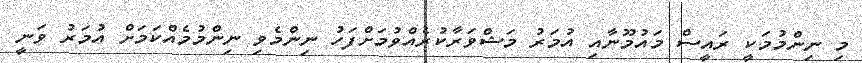
މި ނިންމުމަކީ ރައީސް މައުމޫނާއި އުމަރު މަޝްވަރާކުރެއްވުމަށްފަހު ނިންމެވި ނިންމުމެއްކަމަށް އުމަރު ވަނީ